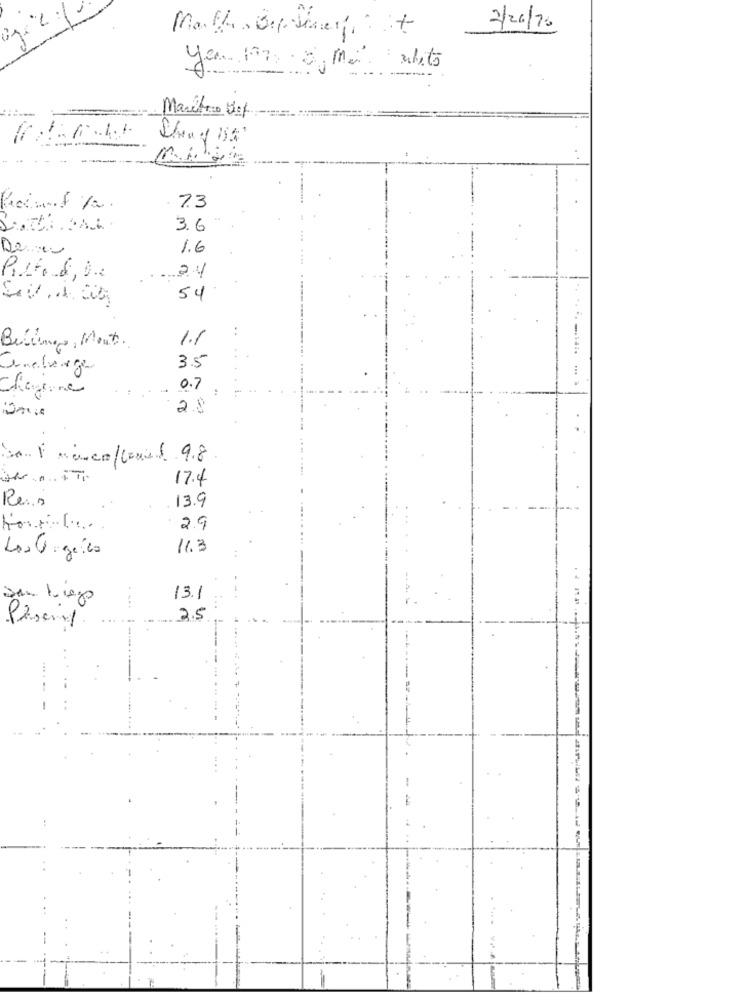
2/26/76
yes 197 8, ma whits
-
Marchio Det
7.3
3.6
1.6
24
Pirford, D.
SU, Mas
54
1.1
Belinga, Mont.
3.5
Concluage
0.7
28
ser a. iTi
17.4
Res
13.9
2.9
11.3
Los Gigeico
13.1
2.5
-